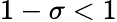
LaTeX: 1-\sigma<1